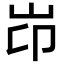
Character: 岇